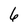
Character: 6